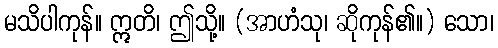
မသိပါကုန်။ ဣတိ၊ ဤသို့။ (အာဟံသု၊ ဆိုကုန်၏။) သော၊